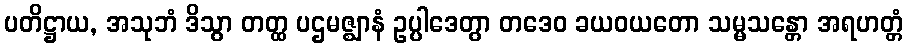
ပတိဋ္ဌာယ, အသုဘံ ဒိသွာ တတ္ထ ပဌမဇ္ဈာနံ ဥပ္ပါဒေတွာ တဒေဝ ခယဝယတော သမ္မသန္တော အရဟတ္တံ